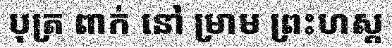
បុត្រ ពាក់ នៅ ម្រាម ព្រះហស្ត